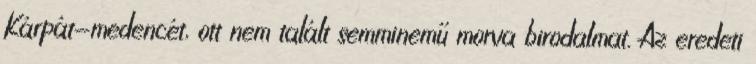
Kárpát-medencét, ott nem talált semminemű morva birodalmat. Az eredeti